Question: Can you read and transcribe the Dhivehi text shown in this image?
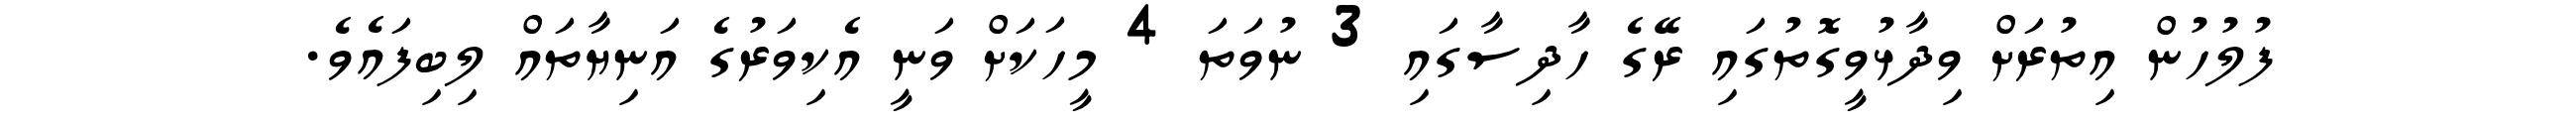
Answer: ފުލުހުން އިތުރަށް ވިދާޅުވީގޮތުގައި ރޭގެ ހާދިސާގައި 3 ނުވަތަ 4 މީހަކަށް ވަނީ އެކިވަރުގެ އަނިޔާތައް ލިބިފައެވެ.